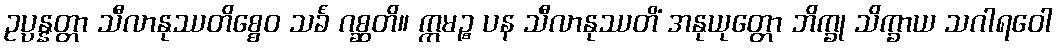
ဥပ္ပန္နတ္တာ သီလာနုဿတိစ္စေဝ သင်္ခံ ဂစ္ဆတိ။ ဣမဉ္စ ပန သီလာနုဿတိံ အနုယုတ္တော ဘိက္ခု သိက္ခာယ သဂါရဝေါ